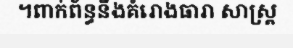
។ពាក់ព័ន្ធនឹងគំរោងធារា សាស្ត្រ